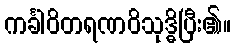
ကင်္ခါဝိတရဏဝိသုဒ္ဓိပြီး၏။